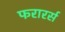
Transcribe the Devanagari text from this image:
फरारर्स